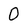
Character: 0